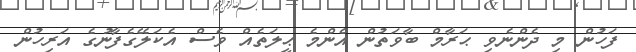
ފަހުން މި ދެންނެވި ޙަރާމް ބާވަތުން އެންމެ ޙީލަތެއް ވެސް އެކަލޭގެފާނުގެ އަރިހުން